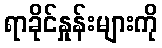
ရာခိုင်နှုန်းများကို